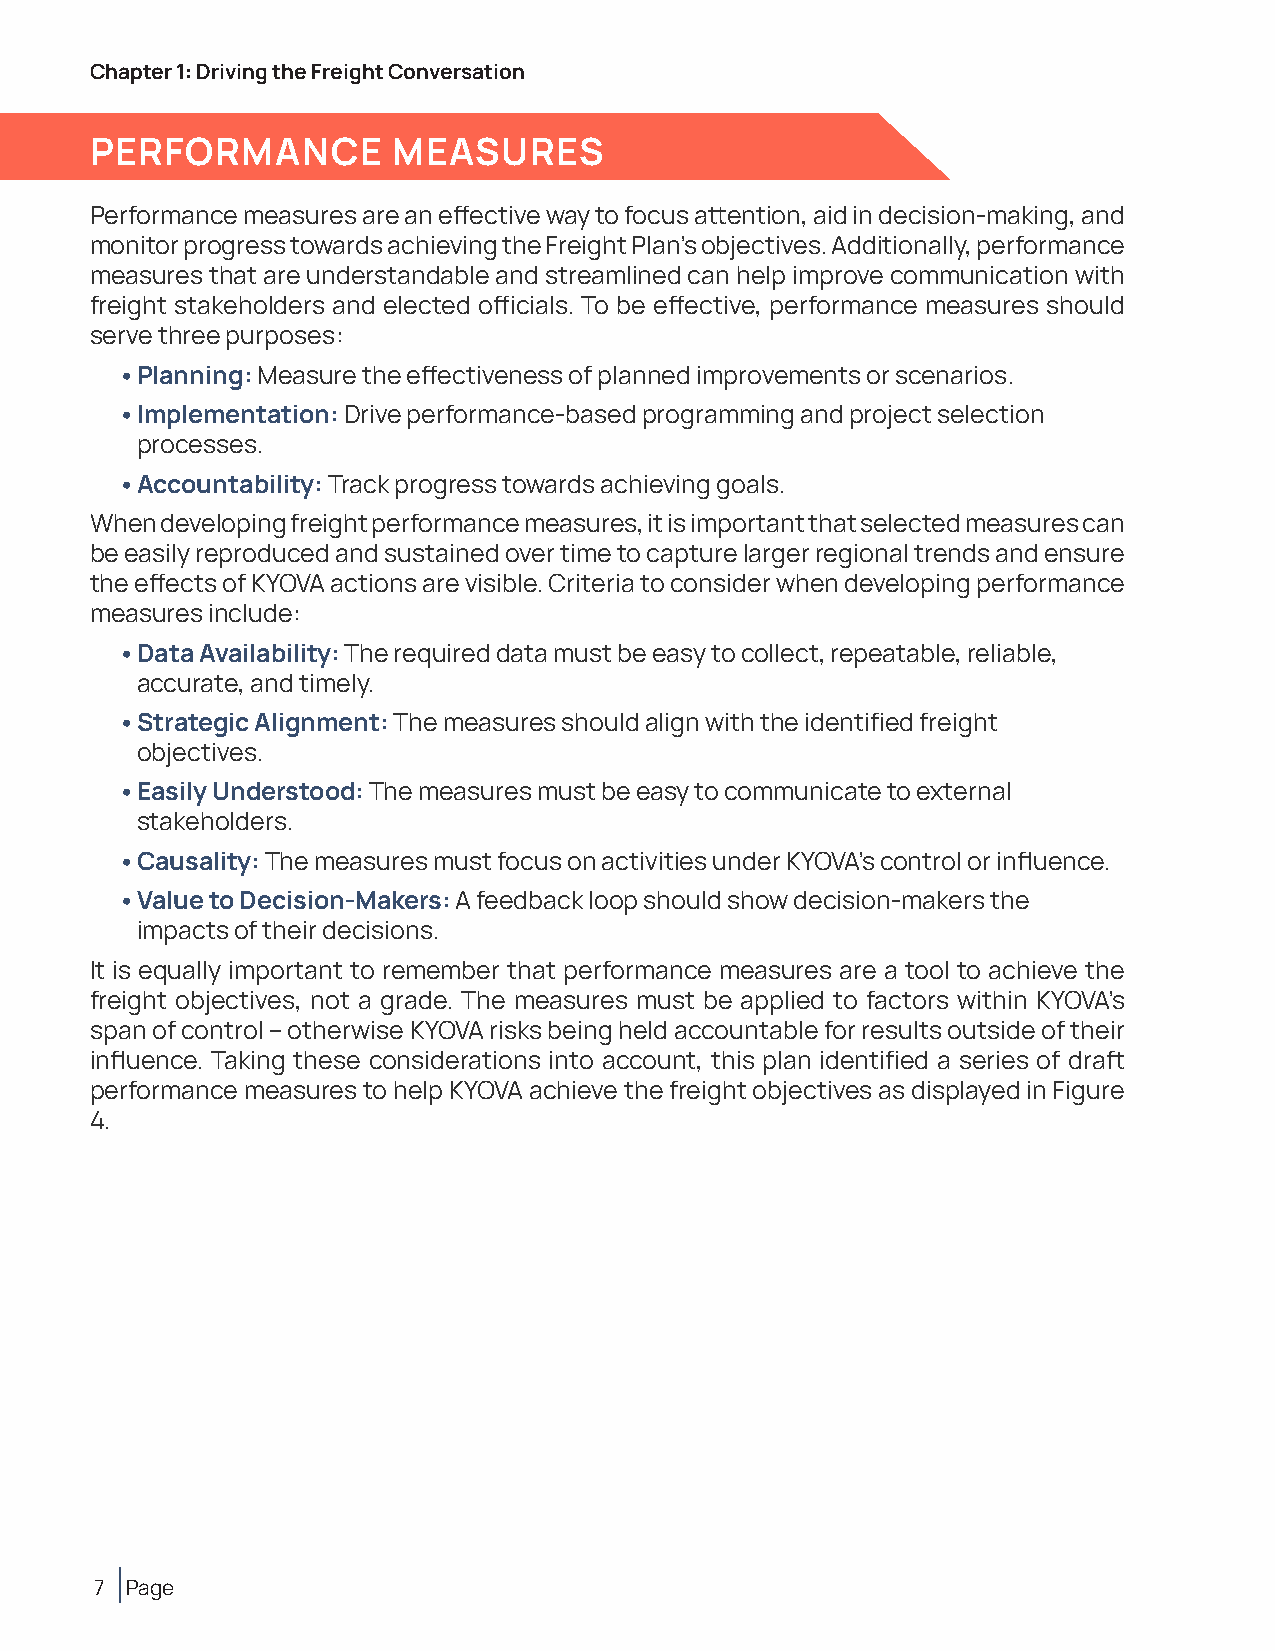
Chapter 1: Driving the Freight Conversation
 PERFORMANCE         MEASURES
 Performance measures are an effective way to focus attention, aid in decision-making, and
 monitor progress towards achieving the Freight Plan’s objectives. Additionally, performance
 measures that are understandable and streamlined can help improve communication with
 freight stakeholders and elected officials. To be effective, performance measures should
 serve three purposes:
 • Planning: Measure the effectiveness of planned improvements or scenarios.
 • Implementation: Drive performance-based programming and project selection
 processes.
 • Accountability: Track progress towards achieving goals.
 When developing freight performance measures, it is important that selected measures can
 be easily reproduced and sustained over time to capture larger regional trends and ensure
 the effects of KYOVA actions are visible. Criteria to consider when developing performance
 measures include:
 • Data Availability: The required data must be easy to collect, repeatable, reliable,
 accurate, and timely.
 • Strategic Alignment: The measures should align with the identified freight
 objectives.
 • Easily Understood: The measures must be easy to communicate to external
 stakeholders.
 • Causality: The measures must focus on activities under KYOVA’s control or influence.
 • Value to Decision-Makers: A feedback loop should show decision-makers the
 impacts of their decisions.
 It is equally important to remember that performance measures are a tool to achieve the
 freight objectives, not a grade. The measures must be applied to factors within KYOVA’s
 span of control – otherwise KYOVA risks being held accountable for results outside of their
 influence. Taking these considerations into account, this plan identified a series of draft
 performance measures to help KYOVA achieve the freight objectives as displayed in Figure
 4.
 7 Page